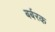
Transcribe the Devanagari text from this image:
बर्बरक